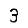
Digit: 3